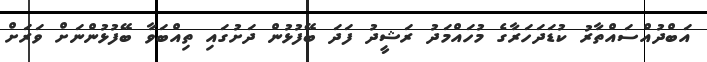
އަބްދުއްސައްތާރު ކުޑަދަހަރާގެ މުހައްމަދު ރަޝީދު ފަދަ ބޭފުޅުން ދަށުގައި ތިއްބަވާ ބޭފުޅުންނަށް ވަރަށް